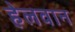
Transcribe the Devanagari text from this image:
हेलवान